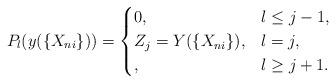
LaTeX: \begin{align*} P_l(y(\{X_{ni}\}))=\begin{cases} 0, & l\leq j-1,\\Z_j=Y(\{X_{ni}\}), & l=j,\\, & l\geq j+1.\end{cases}\end{align*}